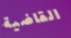
القاضية